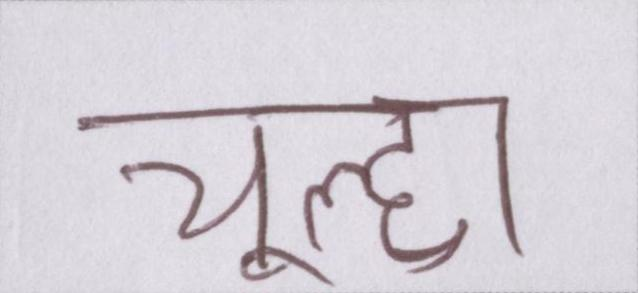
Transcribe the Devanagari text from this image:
चूल्हा